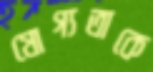
যোগ্যতাকে